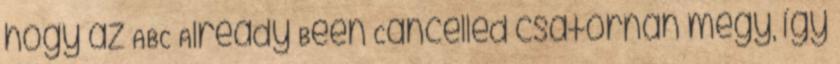
hogy az ABC Already Been Cancelled csatornán megy, így